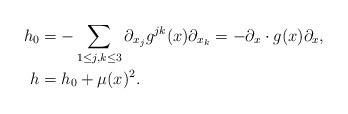
LaTeX: \begin{align*}h_0 &= -\sum_{1\leq j,k \leq 3} \partial_{x_j} g^{jk}(x) \partial_{x_k} = -\partial_x \cdot g(x)\partial_x, \\h &= h_0 + \mu(x)^2.\end{align*}